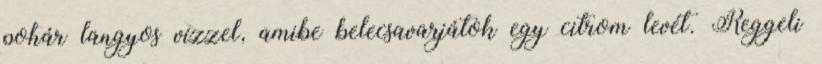
pohár langyos vízzel, amibe belecsavarjátok egy citrom levét. Reggeli